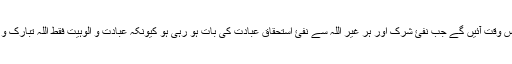
وہ اس زمرے میں اس وقت آئیں گے جب نفئ شرک اور ہر غیر اللہ سے نفئ استحقاقِ عبادت کی بات ہو رہی ہو کیونکہ عبادت و الوہیت فقط اللہ تبارک و تعالیٰ کا خاصہ ہے۔